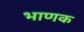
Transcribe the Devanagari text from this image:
भाणक